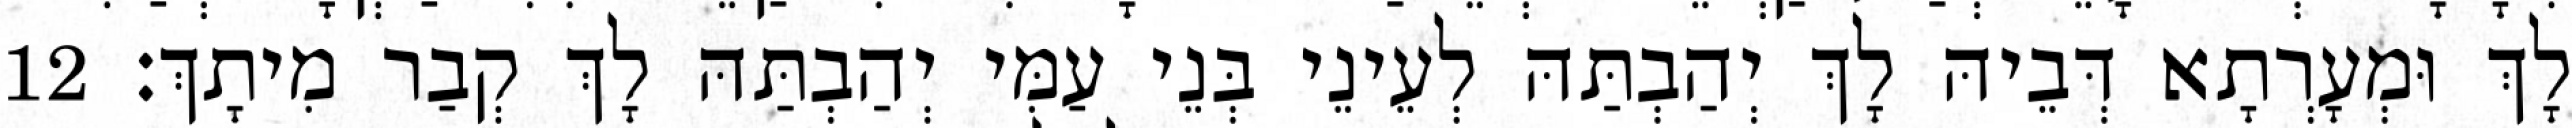
לָךְ וּמְעָרְתָא דְּבֵיהּ לָךְ יְהַבְתַּהּ לְעֵינֵי בְּנֵי עַמִּי יְהַבְתַּהּ לָךְ קְבַר מִיתָךְ׃ 12